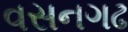
વસનગઢ